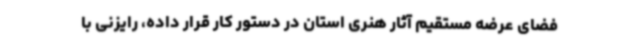
فضای عرضه مستقیم آثار هنری استان در دستور کار قرار داده، رایزنی با